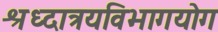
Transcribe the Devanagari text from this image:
श्रध्दात्रयविभागयोग